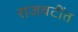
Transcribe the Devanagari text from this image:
राजवटींत